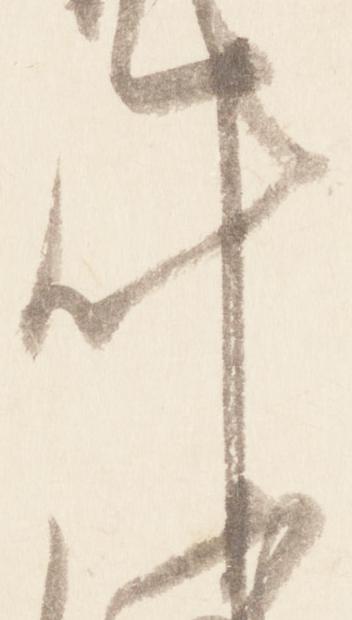
叶